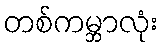
တစ်ကမ္ဘာလုံး